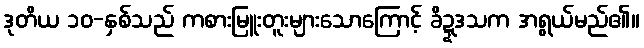
ဒုတိယ ၁၀-နှစ်သည် ကစားမြူးတူးများသောကြောင့် ခိဍ္ဍဒသက အရွယ်မည်၏။